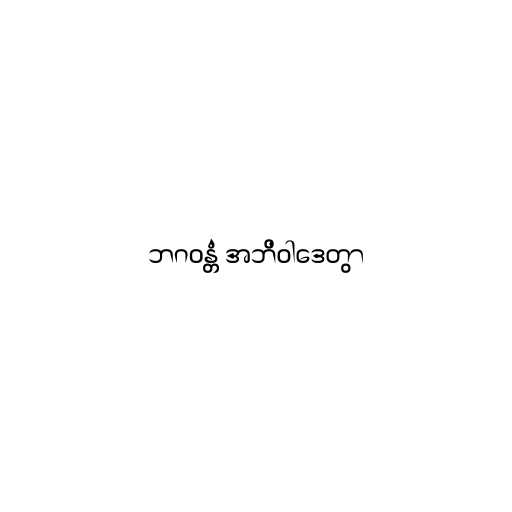
ဘဂဝန္တံ အဘိဝါဒေတွာ